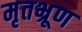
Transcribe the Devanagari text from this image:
मृतभ्रूण